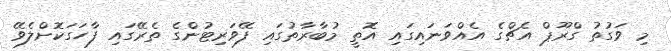
މި ވަގުތު ގްރޫޕް އެޗްގެ އެއްވަނައިގައި އޮތީ މުބާރާތުގައި ފޭވަރިޓުންގެ ތެރޭގައި ފާހަގަކޮށްލެވޭ